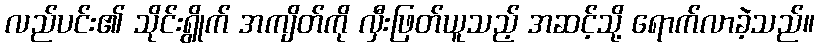
လည်ပင်း၏ သိုင်းရွိုက် အကျိတ်ကို လှီးဖြတ်ယူသည့် အဆင့်သို့ ရောက်လာခဲ့သည်။